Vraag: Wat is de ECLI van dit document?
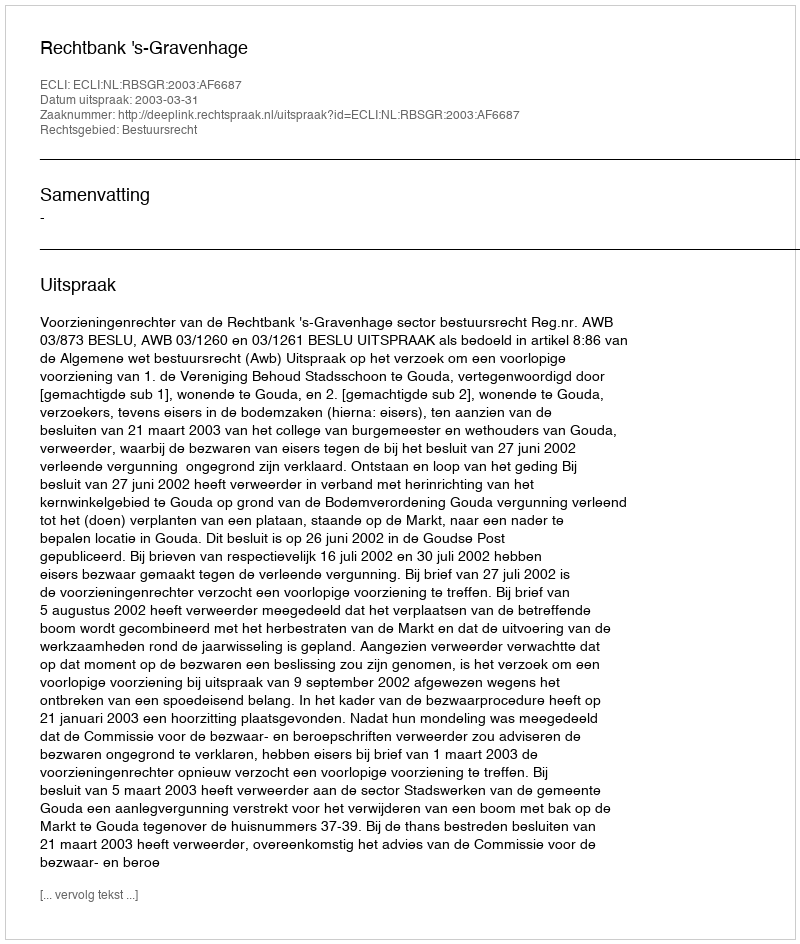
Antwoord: ECLI:NL:RBSGR:2003:AF6687